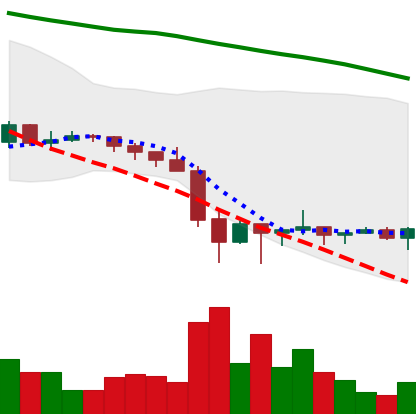
Ticker: XRP-USD
Chart end date: 2022-01-31
Forward return: 7.749%
Label: up_7plus